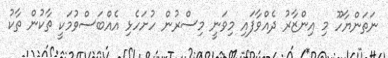
ނަތަންޔާހޫ މި އިންޒާރު ދެއްވާފައި މިވަނީ މިސްރުން ހުށަހެޅި އެއްބަސްވުމަކީ ތާކުން ތާކު